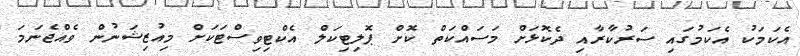
އެކަމަކު އެކަމުގައި ސަރުކާރާއި ދެކޮޅަށް މަސައްކަތް ކޮށް ޕޮލިޓިކަލް އެކްޓިވިސްޓަކަށް މިއުޒިޝަނުން ވެއްޖެނަމަ